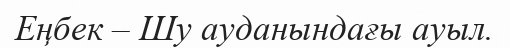
Еңбек – Шу ауданындағы ауыл.